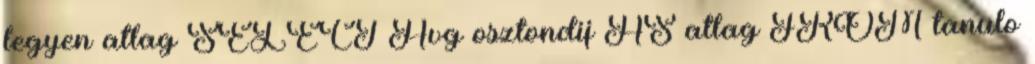
legyen atlag SELECT Avg osztondij AS atlag FROM tanulo